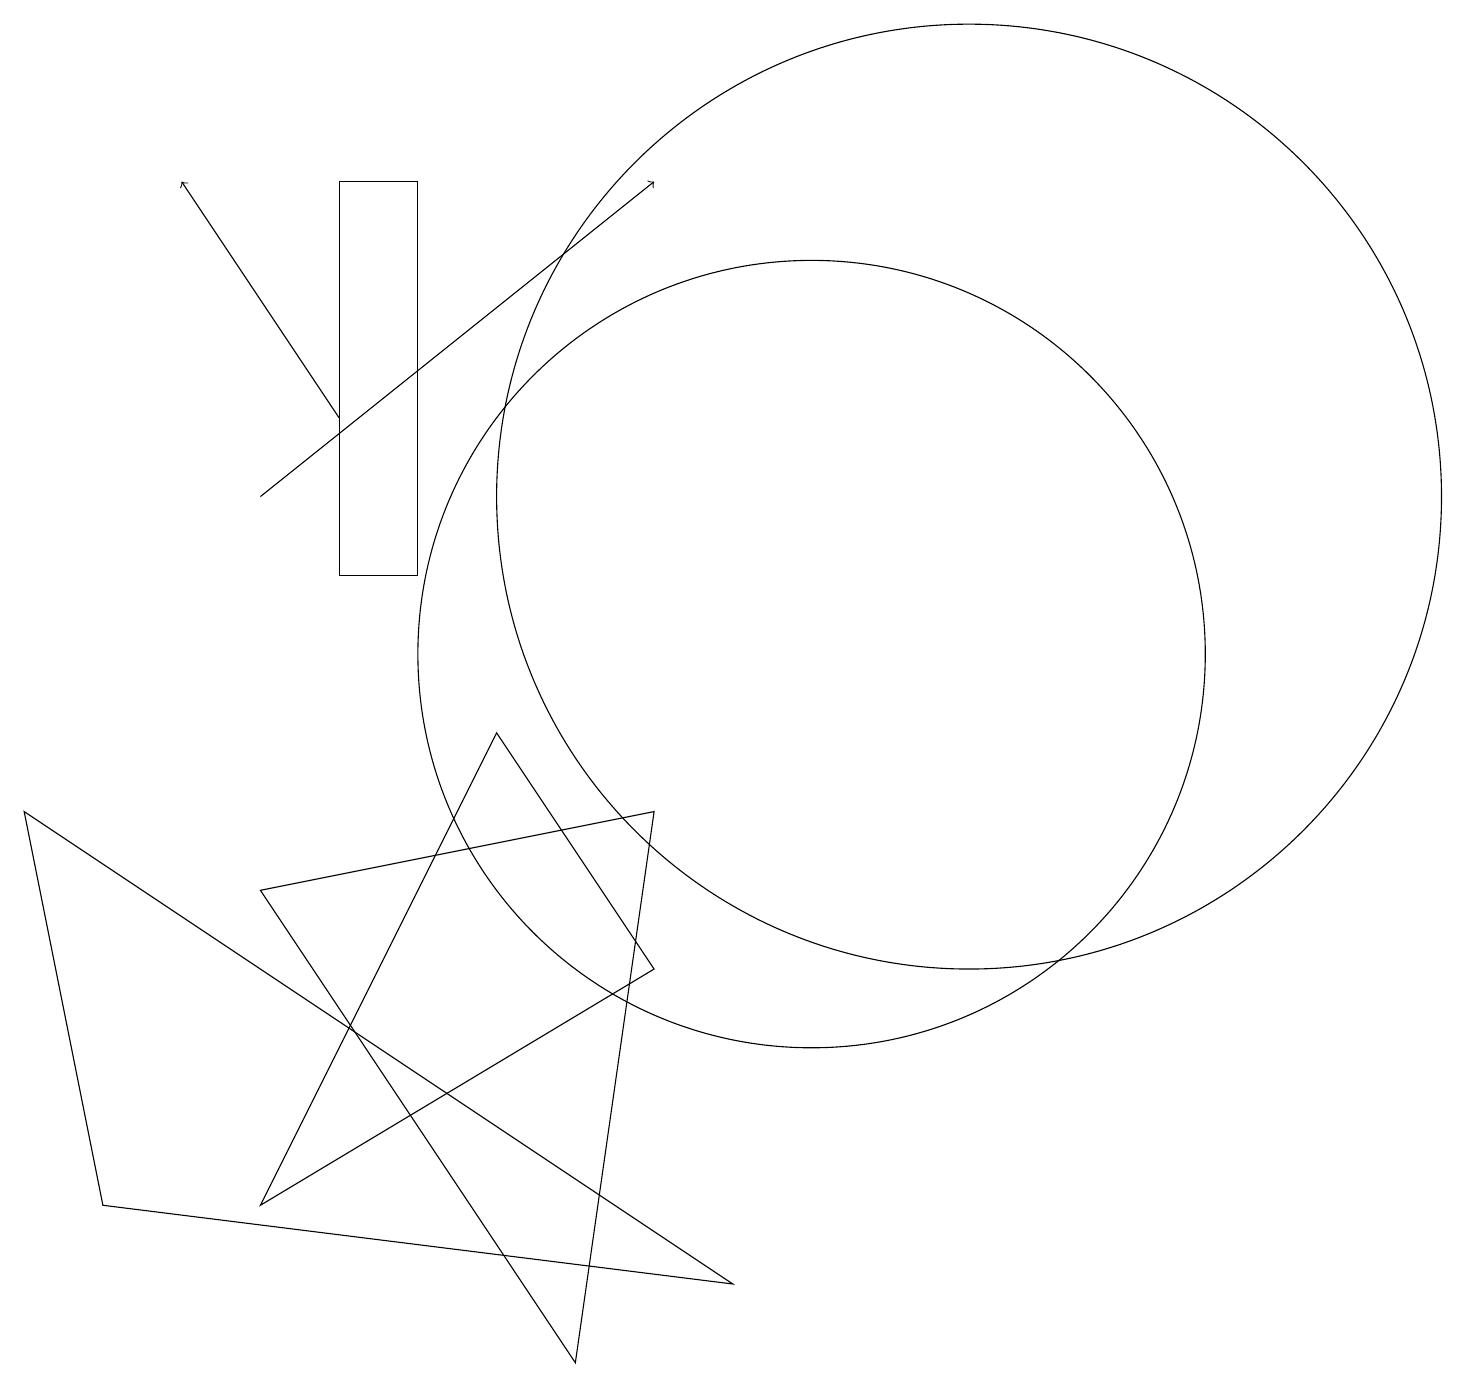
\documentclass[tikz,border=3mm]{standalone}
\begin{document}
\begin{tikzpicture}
\draw (12,12) circle (6);
\draw (4,11) rectangle (5,16);
\draw (7,1) -- (8,8) -- (3,7) -- cycle;
\draw (10,10) circle (5);
\draw (0,8) -- (1,3) -- (9,2) -- cycle;
\draw[->] (3,12) -- (8,16);
\draw (6,9) -- (8,6) -- (3,3) -- cycle;
\draw[->] (4,13) -- (2,16);
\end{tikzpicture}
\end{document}